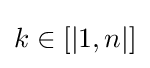
k\in [|1,n|]